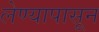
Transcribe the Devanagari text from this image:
लेण्यापासून